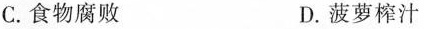
C.食物腐败 D.菠萝榨汁